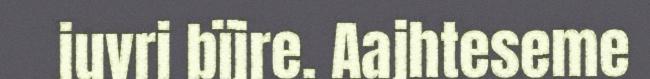
juvri bïjre. Aajhteseme